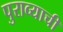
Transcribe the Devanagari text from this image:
पुराव्याची